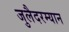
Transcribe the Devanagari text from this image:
जुलैदरम्यान